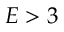
E > 3